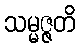
သမ္မဇ္ဇတိ